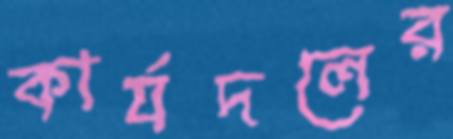
কার্যদলের